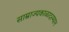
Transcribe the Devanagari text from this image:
साम्राज्यकाळादरम्यान